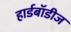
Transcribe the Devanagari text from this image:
हार्डबॉडीज